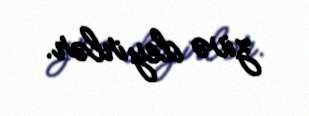
zivə deyirlər.